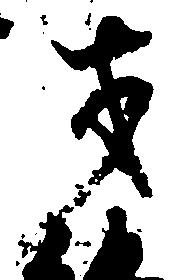
才